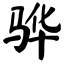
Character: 骅